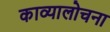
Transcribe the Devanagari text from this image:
काव्यालोचना